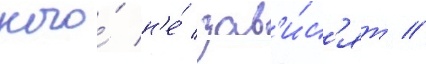
кого́ н'е́ зав'и́с'ят //